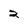
Character: 2